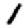
Digit: 1